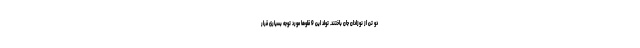
دو تن از نوزادان جان باختند. تولد این 9 قلوها مورد توجه بسیاری قرار